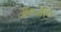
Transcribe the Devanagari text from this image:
अ०जा०